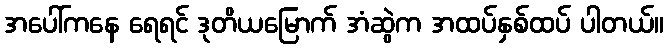
အပေါ်ကနေ ရေရင် ဒုတိယမြောက် အံဆွဲက အထပ်နှစ်ထပ် ပါတယ်။